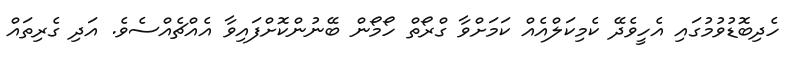
ހެދިބޮޑުވުމުގައި އެހީވެދޭ ކެމިކަލްއެއް ކަމަށްވާ ގްރޯތް ހޯމޯން ބޭނުންކޮށްފައިވާ އެއްޗެއްސެވެ. އަދި ގެރިތައް